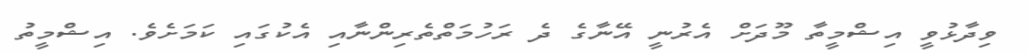
ވިދާޅުވީ އިޝްމީތާ މޫދަށް އެރުނީ އޭނާގެ ދެ ރަހުމަތްތެރިންނާއި އެކުގައި ކަަމަށެވެ. އިޝްމީތު